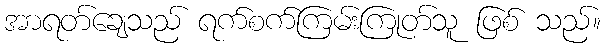
အာရတ်ချေသည် ရက်စက်ကြမ်းကြုတ်သူ ဖြစ် သည်။